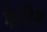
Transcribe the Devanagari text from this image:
गैलीशियन